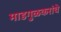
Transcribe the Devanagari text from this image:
माडगुळकरांचे